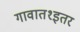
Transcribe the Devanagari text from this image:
गावात१इतर